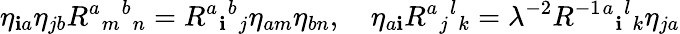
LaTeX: \eta_{\mathbf{i}a}\eta_{jb}R^{a}{}_{m}{}^{b}{}_{n}=R^{a}{}_{\mathbf{i}}{}^{b}{}_{j}\eta_{am}\eta_{bn},\quad\eta_{a\mathbf{i}}R^{a}{}_{j}{}^{l}{}_{k}=\lambda^{-2}R^{-1}{}^{a}{}_{\mathbf{i}}{}^{l}{}_{k}\eta_{ja}